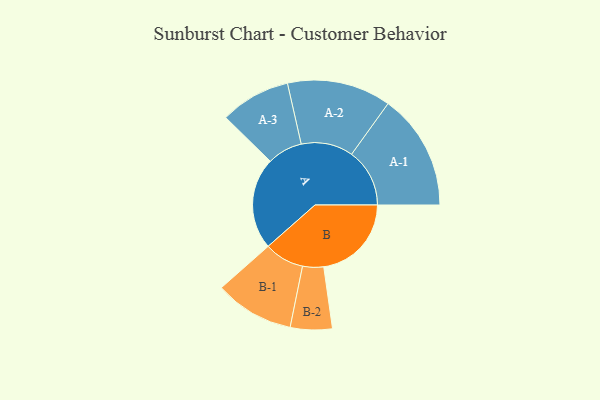
{"axis": {"x": "Segment", "y": "Value"}, "legend": ["", "A", "B"], "data": [{"x": "A", "y": 465, "type": ""}, {"x": "B", "y": 444, "type": ""}, {"x": "A-1", "y": 294, "type": "A"}, {"x": "A-2", "y": 263, "type": "A"}, {"x": "A-3", "y": 178, "type": "A"}, {"x": "B-1", "y": 201, "type": "B"}, {"x": "B-2", "y": 106, "type": "B"}]}